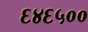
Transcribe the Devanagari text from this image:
६४६५००